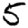
Digit: 5